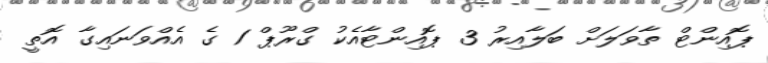
ޕޮއިންޓް ތާވަލަށް ބަލާއިރު 3 ޕޮއިންޓާއެކު ގްރޫޕް 1 ގެ އެއްވަނައިގާ އޮތީ